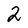
Character: 2